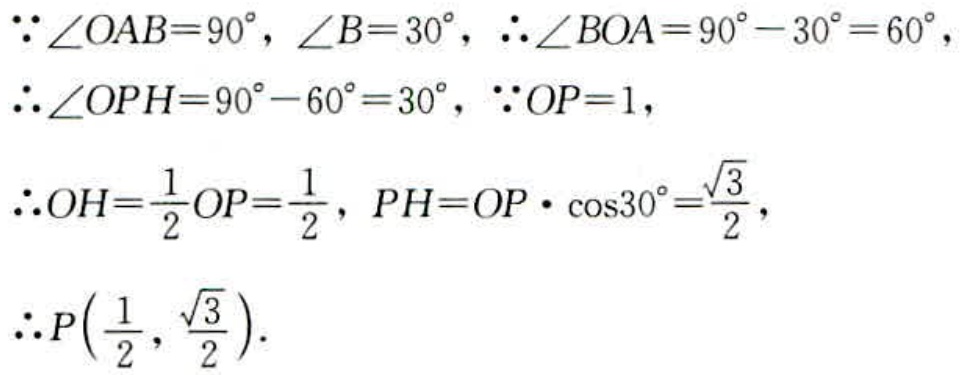
\(\because \angle OAB = 90^{\circ}, \angle B = 30^{\circ}, \therefore \angle BOA = 90^{\circ} - 30^{\circ} = 60^{\circ},\)
\(\therefore \angle OPH = 90^{\circ} - 60^{\circ} = 30^{\circ}, \because OP = 1,\)
\(\therefore OH=\frac{1}{2}OP = \frac{1}{2}, PH = OP\cdot\cos30^{\circ}=\frac{\sqrt{3}}{2},\)
\(\therefore P(\frac{1}{2}, \frac{\sqrt{3}}{2}).\)